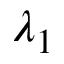
\lambda _ { 1 }